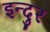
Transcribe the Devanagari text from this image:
इन्दुर